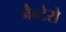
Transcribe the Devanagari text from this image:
नैन्टेरो